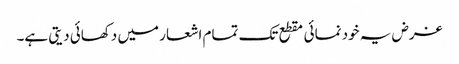
غرض یہ خود نمائی مقطع تک تمام اشعار میں دکھائی دیتی ہے۔